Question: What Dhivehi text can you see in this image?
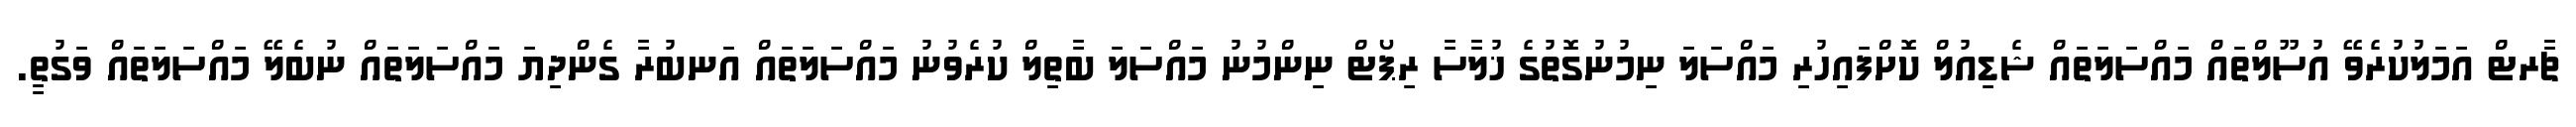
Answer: ޗާރޓް އަމަލުކުރެވޭ އުސޫލްތައް މައްސަލަތައް ޝެޑިއުލް ކޮށްފައިހުރި މައްސަލަ ނިމުނުގޮތުގެ ޚުލާސާ ރިޕޯޓް ނިންމުނު މައްސަލަ ބާތިލް ކުރެވުނު މައްސަލަތައް އަނބުރާ ގެންދިޔަ މައްސަލަތައް ނުބެލޭ މައްސަލަތައް ވަގުތީ.